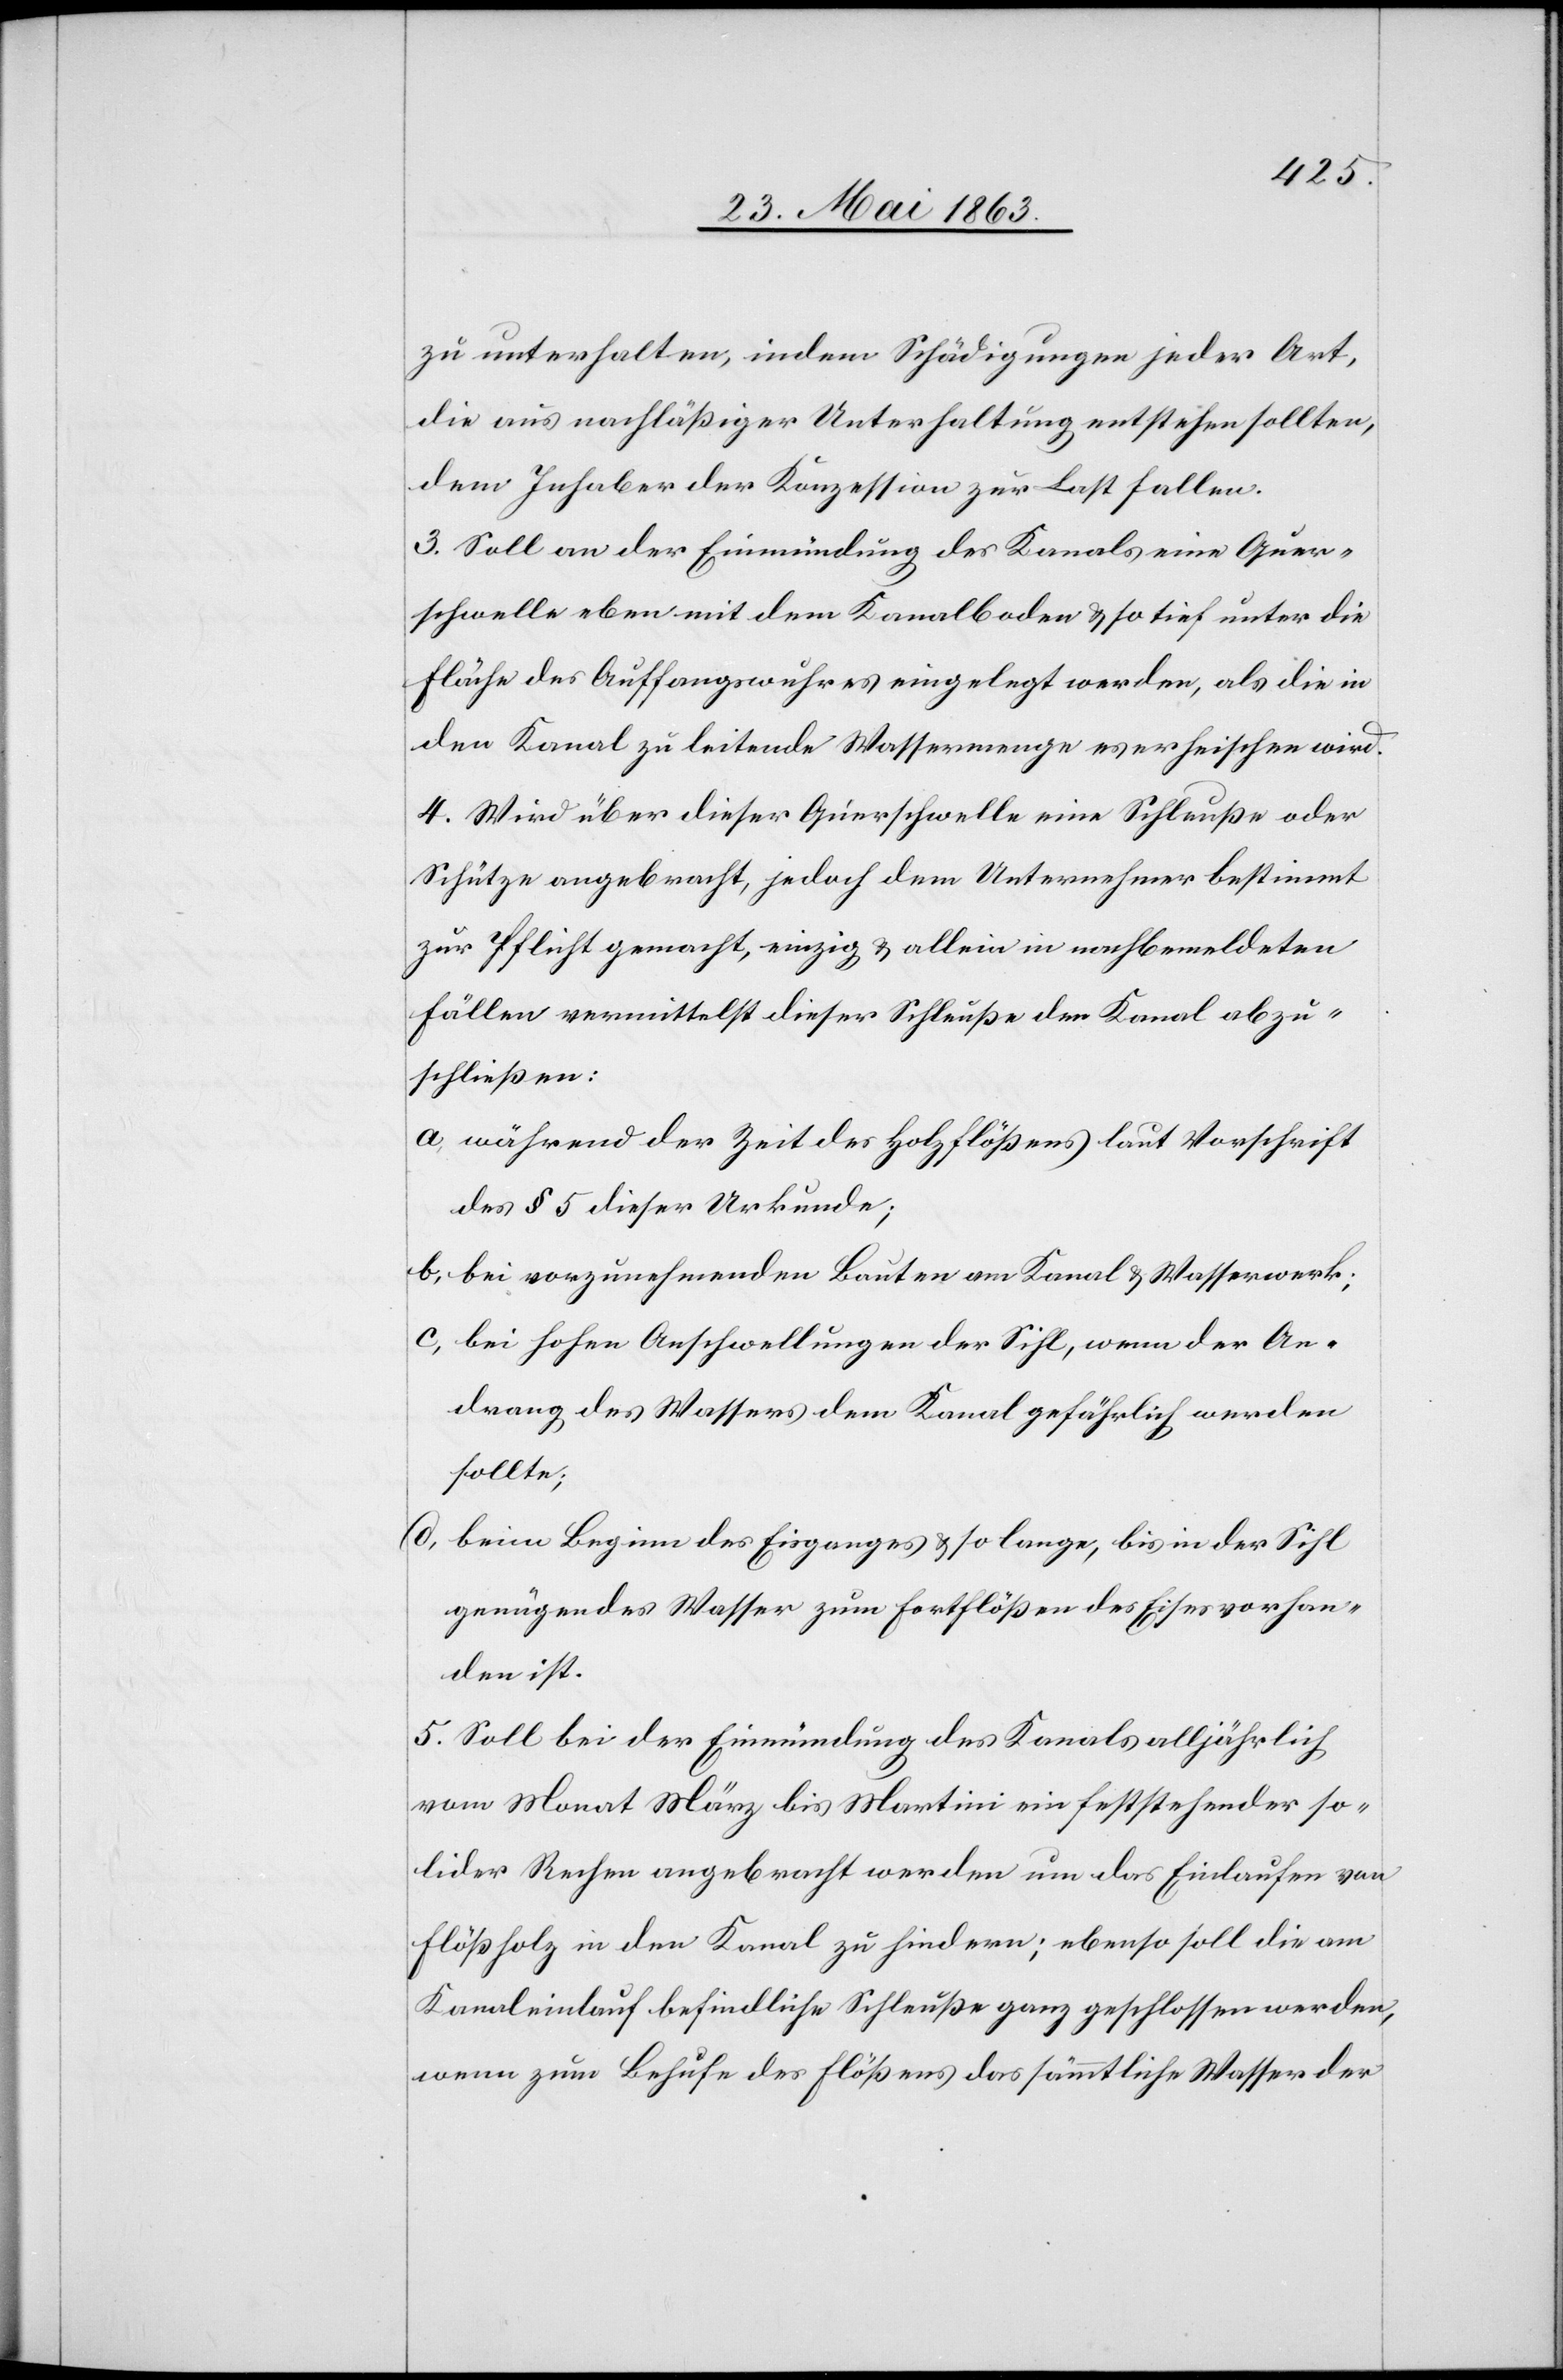
zu unterhalten, indem Schädigungen jeder Art,
die aus nachläßiger Unterhaltung entstehen sollten,
dem Inhaber der Konzession zur Last fallen.
3. Soll an der Einmündung des Kanals eine Quer¬
schwelle eben mit dem Kanalboden & so tief unter die
Fläche des Auffangswuhres eingelegt werden, als die in
den Kanal zu leitende Wassermenge es erheischen wird.
4. Wird über dieser Querschwelle eine Schleuße oder
Schütze angebracht, jedoch dem Unternehmer bestimmt
zur Pflicht gemacht, einzig & allein in nachbemeldeten
Fällen vermittelst dieser Schleuße den Kanal abzu¬
schließen:
a) während der Zeit des Holzflößens laut Vorschrift
des § 5 dieser Urkunde;
b) bei vorzunehmenden Bauten am Kanal & Wasserwerk;
c) bei hohen Anschwellungen der Sihl, wenn der An¬
drang des Wassers dem Kanal gefährlich werden
sollte;
beim Beginn des Eisganges & so lange, bis in der Sihl
genügendes Wasser zum Fortflößen des Eises vorhan¬
den ist.
5. Soll bei der Einmündung des Kanals alljährlich
vom Monat März bis Martini ein feststehender so¬
lider Rechen angebracht werden um das Einlaufen von
Flößholz in den Kanal zu hindern; ebenso soll die am
Kanaleinlauf befindliche Schleuße ganz geschlossen werden,
wenn zum Behufe des Flößens das sämmtliche Wasser der